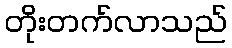
တိုးတက်လာသည်